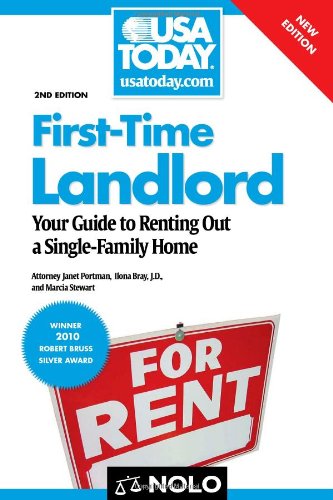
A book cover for First-Time Landlord: Your Guide to Renting Out a Single-Family Home; Janet Portman Attorney; Business & Money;